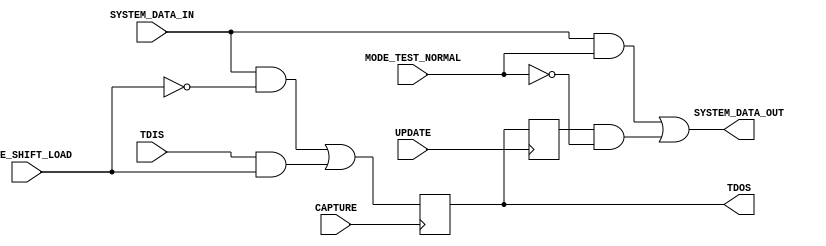
`timescale 1ns / 1ps
//////////////////////////////////////////////////////////////////////////////////
// Company: 
// Engineer: 
// 
// Design Name: 
// Module Name:    simple_cell 
// Project Name: 
// Target Devices: 
// Tool versions: 
// Description: 
//
// Dependencies: 
//
// Revision: 
// Revision 0.01 - File Created
// Additional Comments: 
//
//////////////////////////////////////////////////////////////////////////////////
module simple_cell(
    input TDIS,
    input CAPTURE,
    input UPDATE,
    input MODE_SHIFT_LOAD,
    input MODE_TEST_NORMAL,
    input SYSTEM_DATA_IN,
    output TDOS,
    output SYSTEM_DATA_OUT
    );
	reg capture_reg;
	reg update_reg;

	assign SYSTEM_DATA_OUT = (SYSTEM_DATA_IN & MODE_TEST_NORMAL) | (update_reg & !MODE_TEST_NORMAL);
	assign TDOS = capture_reg;

	always @(posedge CAPTURE) begin
		capture_reg <=  (SYSTEM_DATA_IN & !MODE_SHIFT_LOAD) | (TDIS & MODE_SHIFT_LOAD);
	end

	always @(posedge UPDATE) begin
		update_reg <=  capture_reg;
	end


endmodule